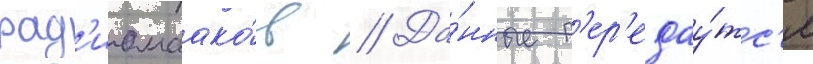
рад'иомаако́в // Да́нные п'ер'едау́тс'я